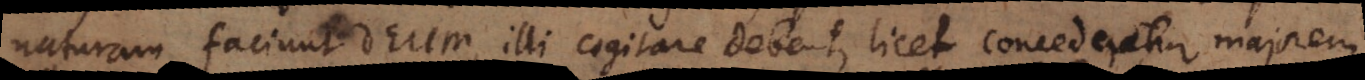
naturam faciunt Deum, ille cogitare debet, licet concederetur majorem